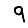
Digit: 9